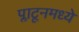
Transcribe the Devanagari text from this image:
प्लाटूनमध्ये